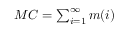
\begin{array} { r } { M C = \sum _ { i = 1 } ^ { \infty } m ( i ) } \end{array}